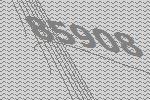
85908